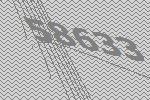
58633